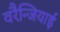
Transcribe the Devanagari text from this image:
वरैन्जियाई